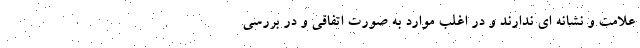
علامت و نشانه ای ندارند و در اغلب موارد به صورت اتفاقی و در بررسی